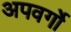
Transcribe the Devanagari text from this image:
अपवर्गो